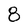
Character: 8